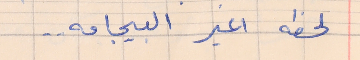
لحظه اغير البيجامه . .